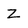
Character: Z